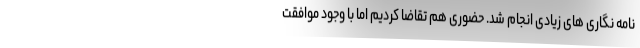
نامه نگاری های زیادی انجام شد. حضوری هم تقاضا کردیم اما با وجود موافقت